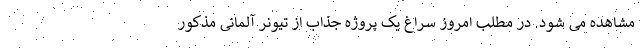
مشاهده می شود. در مطلب امروز سراغ یک پروژه جذاب از تیونر آلمانی مذکور